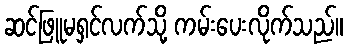
ဆင်ဖြူမရှင်လက်သို့ ကမ်းပေးလိုက်သည်။